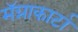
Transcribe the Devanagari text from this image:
मॅग्नाकार्टा